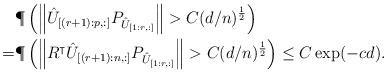
LaTeX: \begin{align*}& \P\left(\left\|\hat{U}_{[(r+1): p, :]}P_{\hat{U}_{[1:r, :]}} \right\| > C(d/n)^{1\over 2}\right)\\= & \P\left(\left\|R^{\intercal}\hat{U}_{[(r+1): n, :]}P_{\hat{U}_{[1:r, :]}} \right\| > C(d/n)^{1\over 2}\right) \leq C\exp(-cd). \end{align*}